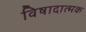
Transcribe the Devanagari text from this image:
विषादात्मक